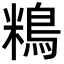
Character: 𪀿